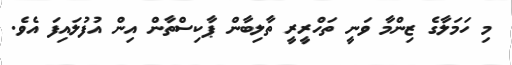
މި ހަމަލާގެ ޒިންމާ ވަނީ ތަހްރީރީ ތާލިބާން ޕާކިސްތާން އިން އުފުލައިފަ އެވެ.